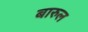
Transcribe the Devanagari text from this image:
बारुल